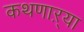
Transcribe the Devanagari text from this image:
कथणाऱ्या